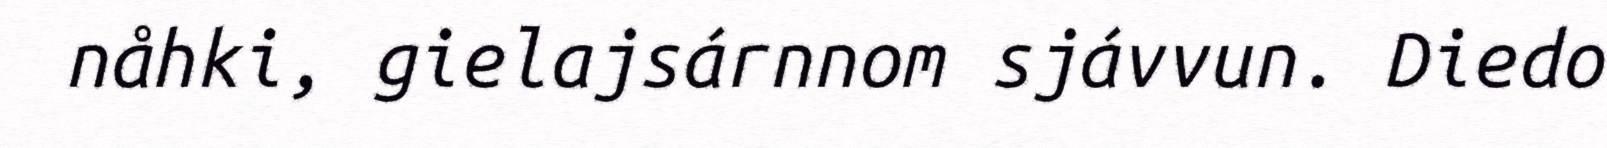
nåhki, gielajsárnnom sjávvun. Diedo